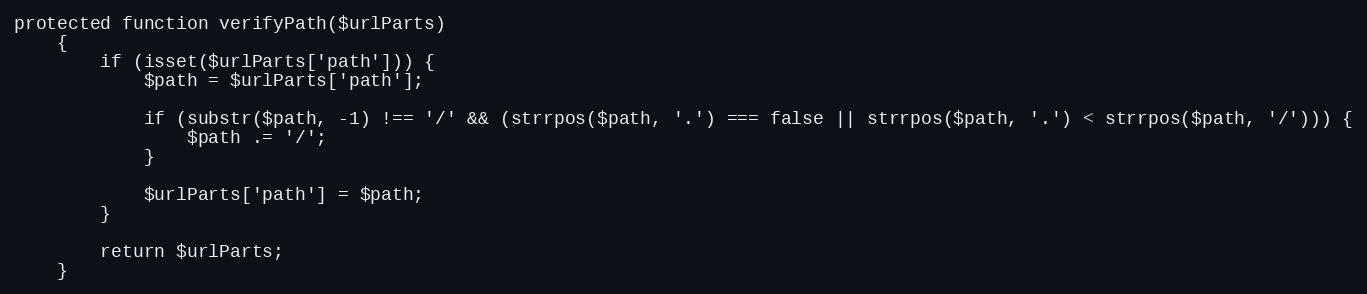
Language: PHP
protected function verifyPath($urlParts)
    {
        if (isset($urlParts['path'])) {
            $path = $urlParts['path'];

            if (substr($path, -1) !== '/' && (strrpos($path, '.') === false || strrpos($path, '.') < strrpos($path, '/'))) {
                $path .= '/';
            }

            $urlParts['path'] = $path;
        }

        return $urlParts;
    }